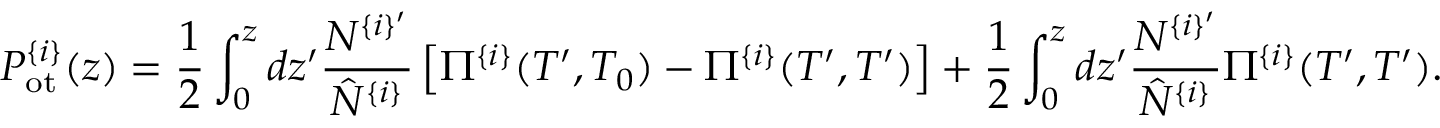
P _ { \mathrm { o t } } ^ { \{ i \} } ( z ) = \frac { 1 } { 2 } \int _ { 0 } ^ { z } d z ^ { \prime } \frac { N ^ { \{ i \} ^ { \prime } } } { \hat { N } ^ { \{ i \} } } \left[ \Pi ^ { \{ i \} } ( T ^ { \prime } , T _ { 0 } ) - \Pi ^ { \{ i \} } ( T ^ { \prime } , T ^ { \prime } ) \right] + \frac { 1 } { 2 } \int _ { 0 } ^ { z } d z ^ { \prime } \frac { N ^ { \{ i \} ^ { \prime } } } { \hat { N } ^ { \{ i \} } } \Pi ^ { \{ i \} } ( T ^ { \prime } , T ^ { \prime } ) .